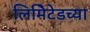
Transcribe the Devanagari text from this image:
लिमिेटेडच्या